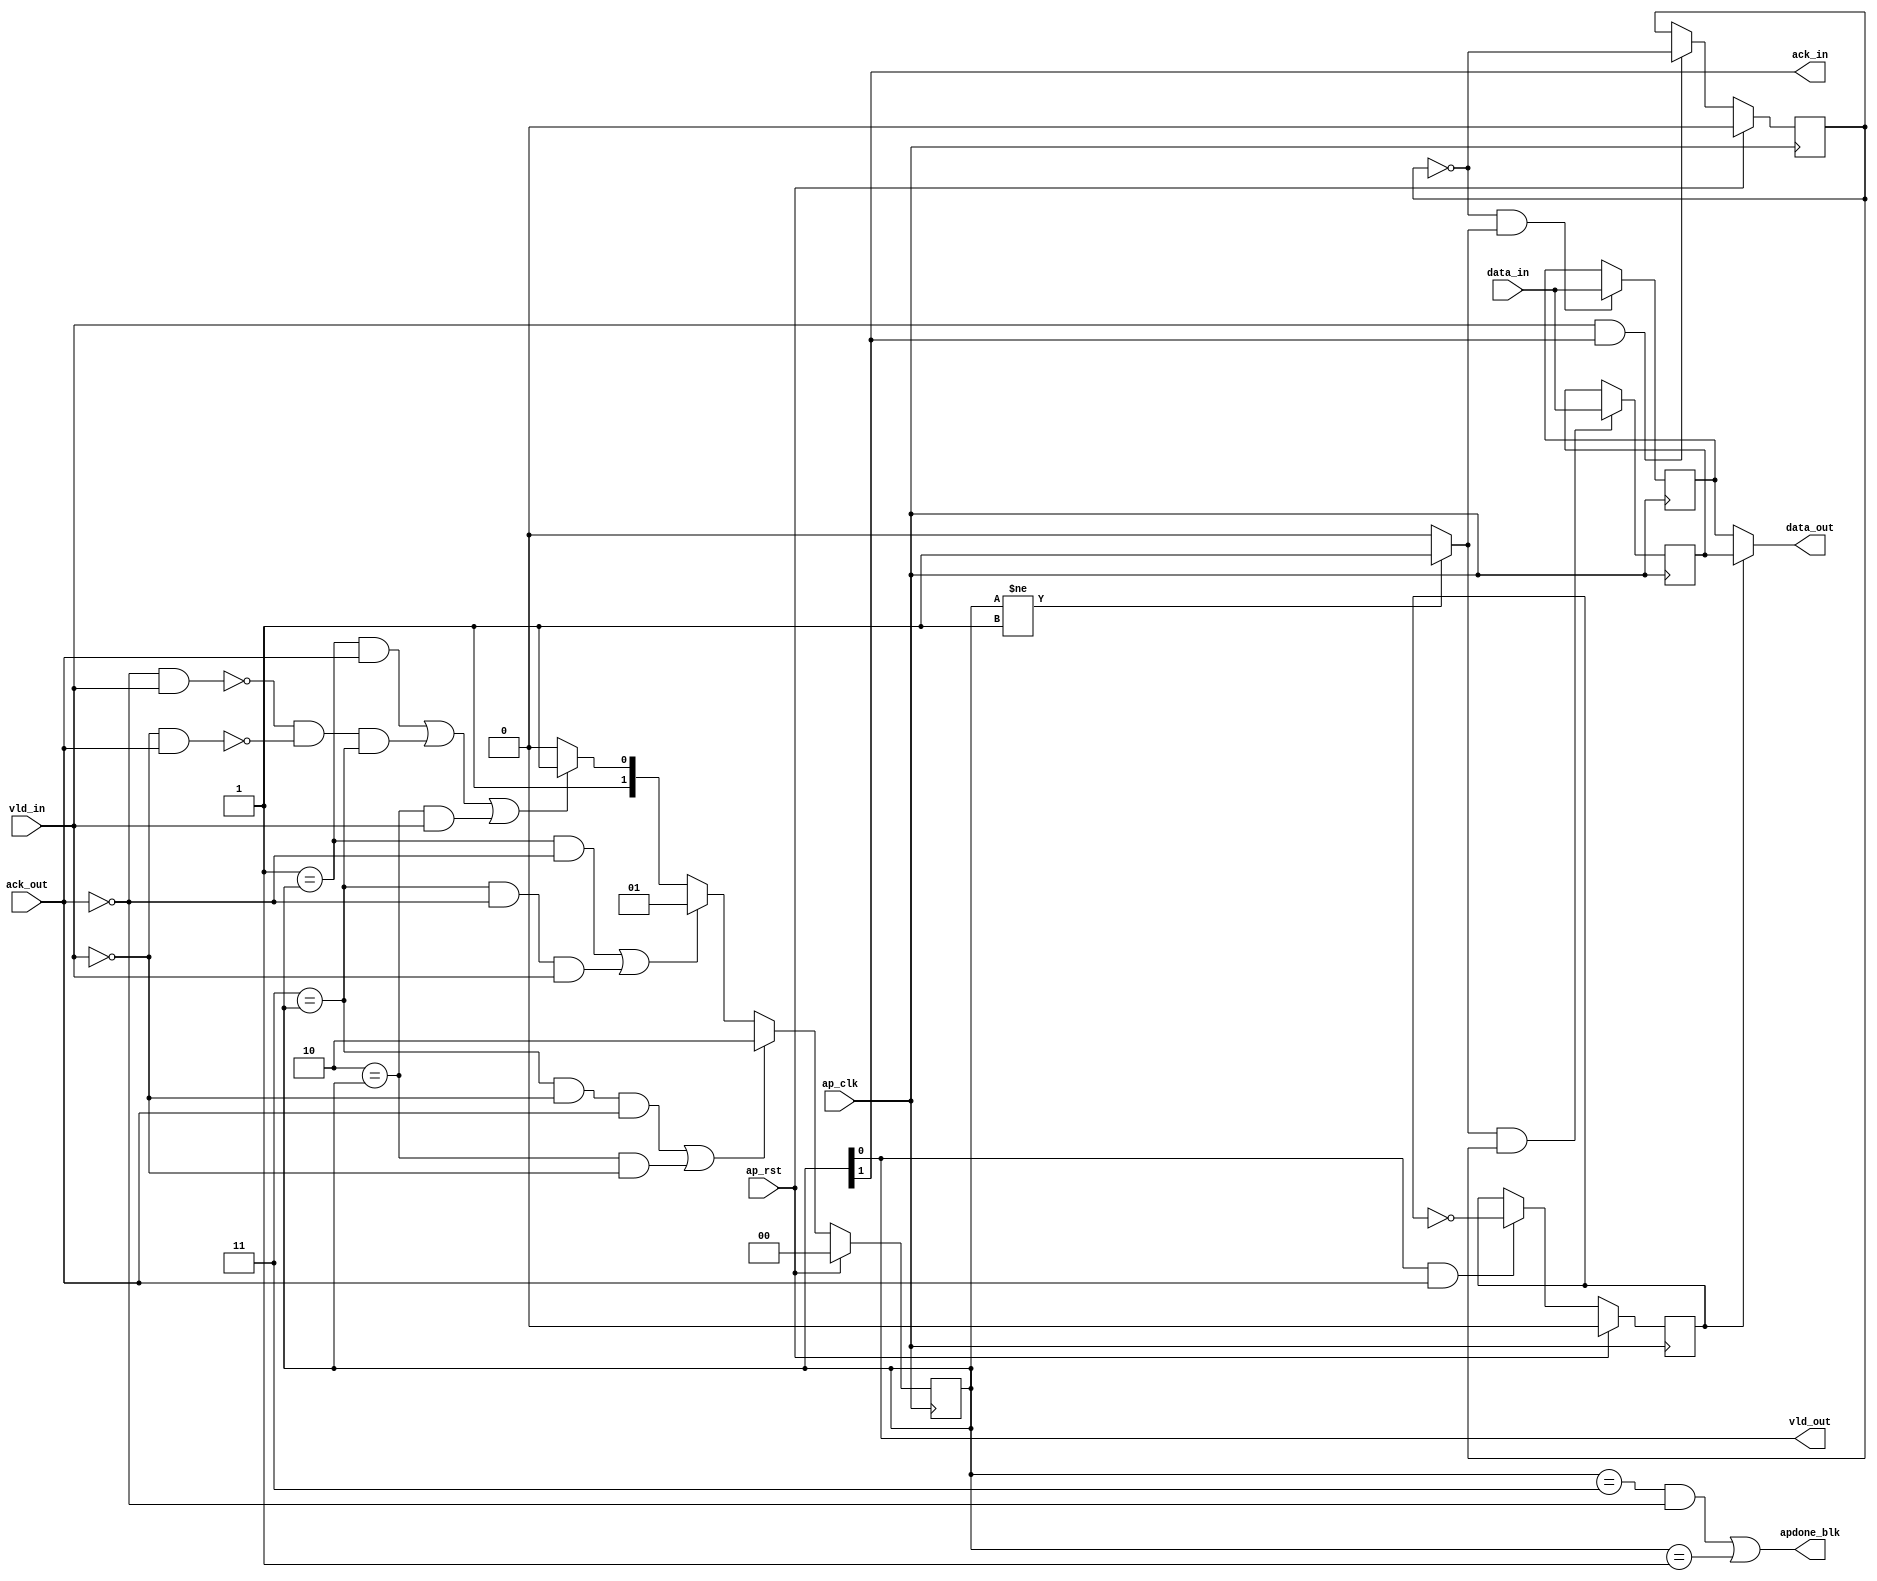
// ==============================================================
// Vitis HLS - High-Level Synthesis from C, C++ and OpenCL v2022.1 (64-bit)
// Tool Version Limit: 2022.04
// Copyright 1986-2022 Xilinx, Inc. All Rights Reserved.
// ==============================================================

`timescale 1ns/1ps

module userdma_regslice_both
#(parameter 
    DataWidth=32
)(
    input ap_clk ,
    input ap_rst,

    input [DataWidth-1:0] data_in , 
    input vld_in , 
    output ack_in ,
    output [DataWidth-1:0] data_out, 
    output vld_out,
    input ack_out,
    output apdone_blk
);
 

reg   [1:0] B_V_data_1_state;
wire   [DataWidth-1:0] B_V_data_1_data_in;
reg   [DataWidth-1:0] B_V_data_1_data_out;
wire    B_V_data_1_vld_reg;
wire    B_V_data_1_vld_in;
wire    B_V_data_1_vld_out;
reg   [DataWidth-1:0] B_V_data_1_payload_A;
reg   [DataWidth-1:0] B_V_data_1_payload_B;
reg    B_V_data_1_sel_rd;
reg    B_V_data_1_sel_wr;
wire    B_V_data_1_sel;
wire    B_V_data_1_load_A;
wire    B_V_data_1_load_B;
wire    B_V_data_1_state_cmp_full;
wire    B_V_data_1_ack_in;
wire    B_V_data_1_ack_out;

always @ (posedge ap_clk) begin
    if (ap_rst == 1'b1) begin
        B_V_data_1_sel_rd <= 1'b0;
    end else begin
        if (((1'b1 == B_V_data_1_vld_out) & (1'b1 == B_V_data_1_ack_out))) begin
            B_V_data_1_sel_rd <= ~B_V_data_1_sel_rd;
        end else begin
            B_V_data_1_sel_rd <= B_V_data_1_sel_rd;
        end
    end
end

always @ (posedge ap_clk) begin
    if (ap_rst == 1'b1) begin
        B_V_data_1_sel_wr <= 1'b0;
    end else begin
        if (((1'b1 == B_V_data_1_vld_in) & (1'b1 == B_V_data_1_ack_in))) begin
            B_V_data_1_sel_wr <= ~B_V_data_1_sel_wr;
        end else begin
            B_V_data_1_sel_wr <= B_V_data_1_sel_wr;
        end
    end
end

always @ (posedge ap_clk) begin
    if (ap_rst == 1'b1) begin
        B_V_data_1_state <= 2'd0;
    end else begin
        if ((((2'd3 == B_V_data_1_state) & (1'b0 == B_V_data_1_vld_in) & (1'b1 == B_V_data_1_ack_out)) | ((2'd2 == B_V_data_1_state) & (1'b0 == B_V_data_1_vld_in)))) begin
            B_V_data_1_state <= 2'd2;
        end else if ((((2'd1 == B_V_data_1_state) & (1'b0 == B_V_data_1_ack_out)) | ((2'd3 == B_V_data_1_state) & (1'b0 == B_V_data_1_ack_out) & (1'b1 == B_V_data_1_vld_in)))) begin
            B_V_data_1_state <= 2'd1;
        end else if ((((2'd1 == B_V_data_1_state) & (1'b1 == B_V_data_1_ack_out)) | (~((1'b0 == B_V_data_1_ack_out) & (1'b1 == B_V_data_1_vld_in)) & ~((1'b0 == B_V_data_1_vld_in) & (1'b1 == B_V_data_1_ack_out)) & (2'd3 == B_V_data_1_state)) | ((2'd2 == B_V_data_1_state) & (1'b1 == B_V_data_1_vld_in)))) begin
            B_V_data_1_state <= 2'd3;
        end else begin
            B_V_data_1_state <= 2'd2;
        end
    end
end

always @ (posedge ap_clk) begin
    if ((1'b1 == B_V_data_1_load_A)) begin
        B_V_data_1_payload_A <= B_V_data_1_data_in;
    end
end

always @ (posedge ap_clk) begin
    if ((1'b1 == B_V_data_1_load_B)) begin
        B_V_data_1_payload_B <= B_V_data_1_data_in;
    end
end

always @ (*) begin
    if ((1'b1 == B_V_data_1_sel)) begin
        B_V_data_1_data_out = B_V_data_1_payload_B;
    end else begin
        B_V_data_1_data_out = B_V_data_1_payload_A;
    end
end

assign B_V_data_1_ack_in = B_V_data_1_state[1'd1];
assign B_V_data_1_load_A = (~B_V_data_1_sel_wr & B_V_data_1_state_cmp_full);
assign B_V_data_1_load_B = (B_V_data_1_state_cmp_full & B_V_data_1_sel_wr);
assign B_V_data_1_sel = B_V_data_1_sel_rd;
assign B_V_data_1_state_cmp_full = ((B_V_data_1_state != 2'd1) ? 1'b1 : 1'b0);
assign B_V_data_1_vld_out = B_V_data_1_state[1'd0];

assign ack_in = B_V_data_1_ack_in;
assign B_V_data_1_data_in = data_in;
assign B_V_data_1_vld_in = vld_in;

assign vld_out = B_V_data_1_vld_out;
assign data_out = B_V_data_1_data_out;
assign B_V_data_1_ack_out = ack_out;

assign apdone_blk = ((B_V_data_1_state == 2'd3 && ack_out == 1'b0) | (B_V_data_1_state == 2'd1));

endmodule // both

module userdma_regslice_both_w1
#(parameter 
    DataWidth=1
)(
    input ap_clk ,
    input ap_rst,

    input data_in , 
    input vld_in , 
    output ack_in ,
    output data_out, 
    output vld_out,
    input ack_out,
    output apdone_blk
);

reg     [1:0] B_V_data_1_state;
wire    B_V_data_1_data_in;
reg     B_V_data_1_data_out;
wire    B_V_data_1_vld_reg;
wire    B_V_data_1_vld_in;
wire    B_V_data_1_vld_out;
reg     B_V_data_1_payload_A;
reg     B_V_data_1_payload_B;
reg     B_V_data_1_sel_rd;
reg     B_V_data_1_sel_wr;
wire    B_V_data_1_sel;
wire    B_V_data_1_load_A;
wire    B_V_data_1_load_B;
wire    B_V_data_1_state_cmp_full;
wire    B_V_data_1_ack_in;
wire    B_V_data_1_ack_out;

always @ (posedge ap_clk) begin
    if (ap_rst == 1'b1) begin
        B_V_data_1_sel_rd <= 1'b0;
    end else begin
        if (((1'b1 == B_V_data_1_vld_out) & (1'b1 == B_V_data_1_ack_out))) begin
            B_V_data_1_sel_rd <= ~B_V_data_1_sel_rd;
        end else begin
            B_V_data_1_sel_rd <= B_V_data_1_sel_rd;
        end
    end
end

always @ (posedge ap_clk) begin
    if (ap_rst == 1'b1) begin
        B_V_data_1_sel_wr <= 1'b0;
    end else begin
        if (((1'b1 == B_V_data_1_vld_in) & (1'b1 == B_V_data_1_ack_in))) begin
            B_V_data_1_sel_wr <= ~B_V_data_1_sel_wr;
        end else begin
            B_V_data_1_sel_wr <= B_V_data_1_sel_wr;
        end
    end
end

always @ (posedge ap_clk) begin
    if (ap_rst == 1'b1) begin
        B_V_data_1_state <= 2'd0;
    end else begin
        if ((((2'd3 == B_V_data_1_state) & (1'b0 == B_V_data_1_vld_in) & (1'b1 == B_V_data_1_ack_out)) | ((2'd2 == B_V_data_1_state) & (1'b0 == B_V_data_1_vld_in)))) begin
            B_V_data_1_state <= 2'd2;
        end else if ((((2'd1 == B_V_data_1_state) & (1'b0 == B_V_data_1_ack_out)) | ((2'd3 == B_V_data_1_state) & (1'b0 == B_V_data_1_ack_out) & (1'b1 == B_V_data_1_vld_in)))) begin
            B_V_data_1_state <= 2'd1;
        end else if ((((2'd1 == B_V_data_1_state) & (1'b1 == B_V_data_1_ack_out)) | (~((1'b0 == B_V_data_1_ack_out) & (1'b1 == B_V_data_1_vld_in)) & ~((1'b0 == B_V_data_1_vld_in) & (1'b1 == B_V_data_1_ack_out)) & (2'd3 == B_V_data_1_state)) | ((2'd2 == B_V_data_1_state) & (1'b1 == B_V_data_1_vld_in)))) begin
            B_V_data_1_state <= 2'd3;
        end else begin
            B_V_data_1_state <= 2'd2;
        end
    end
end

always @ (posedge ap_clk) begin
    if ((1'b1 == B_V_data_1_load_A)) begin
        B_V_data_1_payload_A <= B_V_data_1_data_in;
    end
end

always @ (posedge ap_clk) begin
    if ((1'b1 == B_V_data_1_load_B)) begin
        B_V_data_1_payload_B <= B_V_data_1_data_in;
    end
end

always @ (*) begin
    if ((1'b1 == B_V_data_1_sel)) begin
        B_V_data_1_data_out = B_V_data_1_payload_B;
    end else begin
        B_V_data_1_data_out = B_V_data_1_payload_A;
    end
end

assign B_V_data_1_ack_in = B_V_data_1_state[1'd1];
assign B_V_data_1_load_A = (~B_V_data_1_sel_wr & B_V_data_1_state_cmp_full);
assign B_V_data_1_load_B = (B_V_data_1_state_cmp_full & B_V_data_1_sel_wr);
assign B_V_data_1_sel = B_V_data_1_sel_rd;
assign B_V_data_1_state_cmp_full = ((B_V_data_1_state != 2'd1) ? 1'b1 : 1'b0);
assign B_V_data_1_vld_out = B_V_data_1_state[1'd0];

assign ack_in = B_V_data_1_ack_in;
assign B_V_data_1_data_in = data_in;
assign B_V_data_1_vld_in = vld_in;

assign vld_out = B_V_data_1_vld_out;
assign data_out = B_V_data_1_data_out;
assign B_V_data_1_ack_out = ack_out;

assign apdone_blk = ((B_V_data_1_state == 2'd3 && ack_out == 1'b0) | (B_V_data_1_state == 2'd1));

endmodule // both